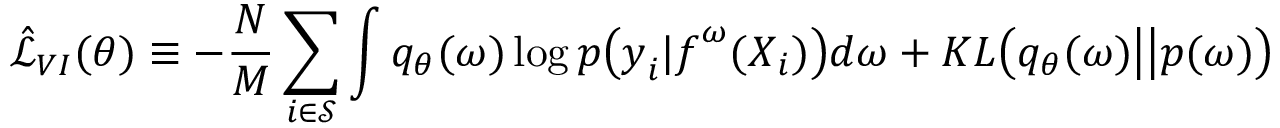
\hat { \mathcal { L } } _ { V I } ( \theta ) \equiv - \frac { N } { M } \sum _ { i \in \mathcal { S } } \int q _ { \theta } ( \boldsymbol { \omega } ) \log p \big ( \boldsymbol { y } _ { i } | \boldsymbol { f } ^ { \boldsymbol { \omega } } ( \boldsymbol { X } _ { i } ) \big ) d \boldsymbol { \omega } + K L \big ( q _ { \theta } ( \boldsymbol { \omega } ) \big | \big | p ( \boldsymbol { \omega } ) \big )